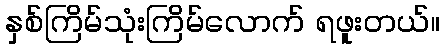
နှစ်ကြိမ်သုံးကြိမ်လောက် ရဖူးတယ်။